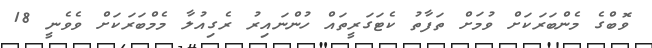
ވޮބްގެ މެންބަރަކަށް ވުމަށް ތަފާތު ކެޓަގަރީތައް ހުންނައިރު ރެގިއުލާ މެމްބަރަކަށް ވެވެނީ 18